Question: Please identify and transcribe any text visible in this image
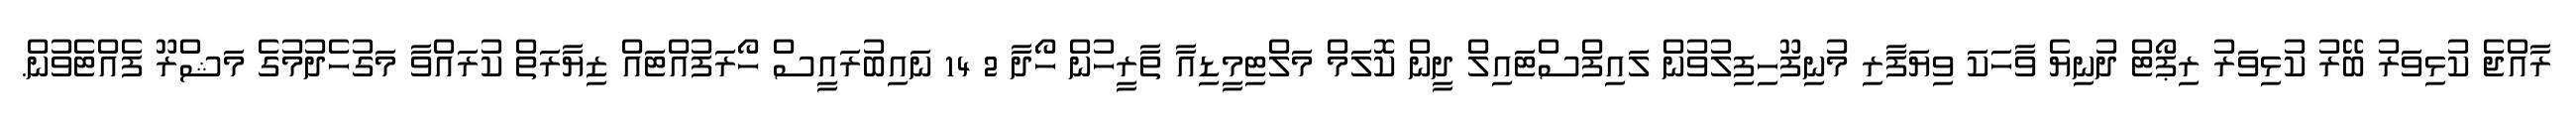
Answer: ރާއްޖެ ކުޅިވަރު ބޭރު ކުޅިވަރު ރިޕޯޓް ދުނިޔެ ވާހަކަ ވިޔަފާރި މުނިފޫހިފިލުވުން ލައިފްސްޓައިލް ދީން ކޮލަމް މަލްޓިމީޑިއާ ތާރީހުން ހޯދާ 2 14 ނައިބުރައީސް ހޯރަފުއްޓައް ޒިޔާރަތް ކުރައްވާ މަގުހެދުމުގެ މަޝްރޫ ފެއްޓެވުން.